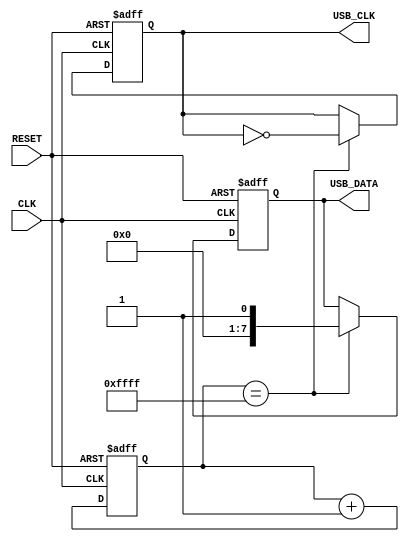
module USB_Controller (
  // Inputs
  input wire CLK,
  input wire RESET,

  // Outputs
  output wire USB_CLK,
  output wire [7:0] USB_DATA
);

  // Timing control block
  reg [31:0] counter;
  always @(posedge CLK or posedge RESET) begin
    if (RESET) begin
      counter <= 32'b0;
      USB_CLK <= 1'b0;
      USB_DATA <= 8'b0;
    end else begin
      counter <= counter + 1;
      if (counter == 16'hFFFF) begin
        USB_CLK <= ~USB_CLK;
        USB_DATA <= $random;
      end
    end
  end

endmodule